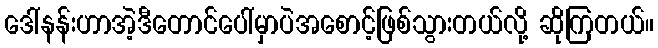
ဒေါ်နန်းဟာအဲ့ဒီတောင်ပေါ်မှာပဲအစောင့်ဖြစ်သွားတယ်လို့ ဆိုကြတယ်။